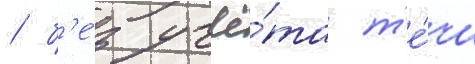
/ б'е́з учё́та т'е́чи